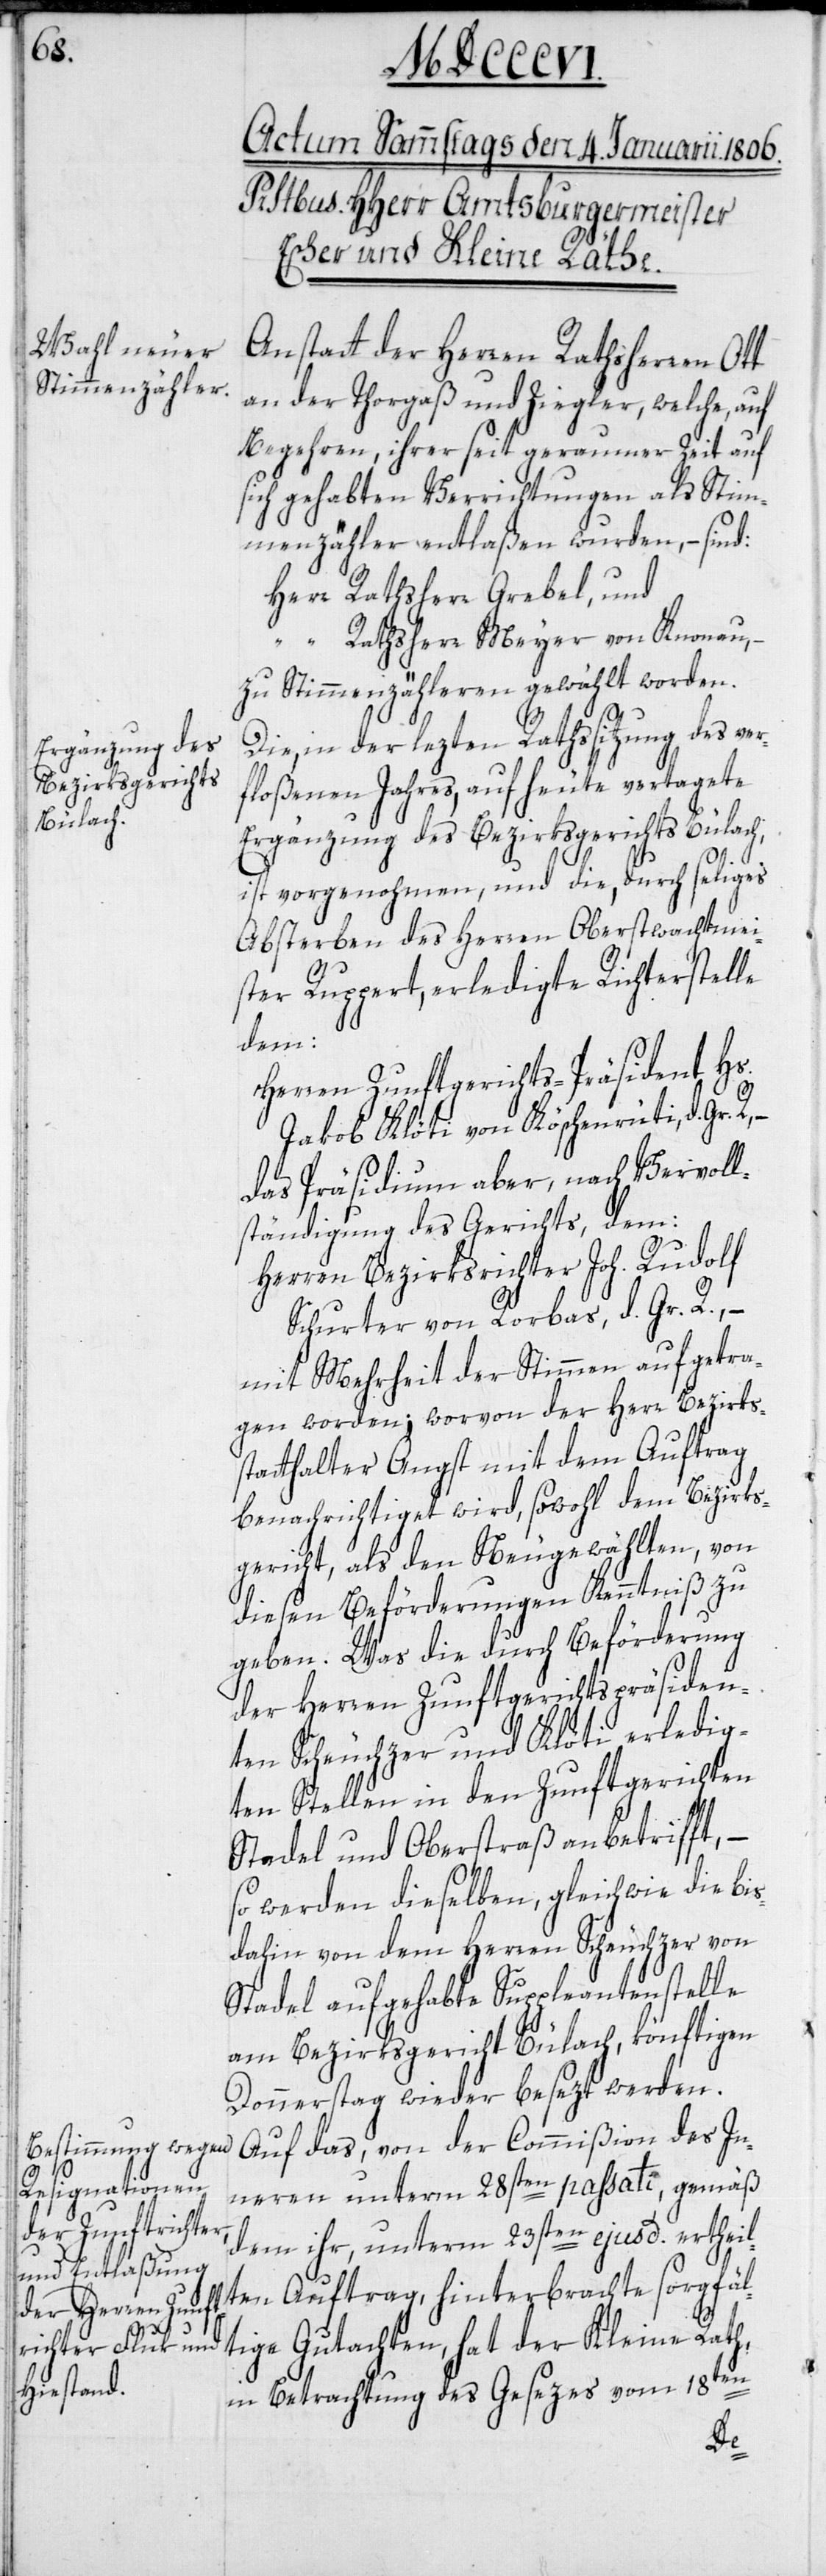
sorgfält¬
Anstatt der Herren Rathsherren Ott
an der Thorgaß und Ziegler, welche auf
Begehren, ihrer seit geraumer Zeit auf
sich gehabten Verrichtungen als Stim¬
menzähler entlaßen wurden, – sind:
Herr Rathsherr Grebel und
“ Rathsherr Meyer von Knonau,
zu Stimmenzählern gewählt worden.
Die, in der lezten Rathssitzung des ver¬
floßenen Jahres, auf heute vertagete
Ergänzung des Bezirksgerichts Bülach,
ist vorgenohmen, und die, durch seliges
Absterben des Herren Oberstwachtmei¬
sters Ruppert, erledigte Richterstelle
dem:
Herren Zunftgerichts-Präsident Hs.
Jakob Klöti von Köschenrüti, d. Gr. R,
das Präsidium aber, nach Vervoll¬
ständigung des Gerichts, dem:
Herrn Bezirksrichter Joh. Rudolf
Schurter von Rorbas, d. Gr. R., –
mit Mehrheit der Stimmen aufgetra¬
gen worden; worvon der Herr Bezirks¬
statthalter Angst mit dem Auftrag
benachrichtiget wird, sowohl dem Bezirks¬
gericht, als den Neugewählten, von
diesen Beförderungen Kenntniß zu
geben. Was die Beförderung
der Herren Zunftgerichtspräsiden¬
ten Scheuchzer und Klöti erledig¬
ten Stellen in den Zunftgerichten
Stadel und Oberstraß anbetrifft, –
so werden dieselben, gleichwie die bis
dahin von dem Herren Scheuchzer von
Stadel aufgehabte Suppleantenstelle
am Bezirksgericht Bülach, könftigen
Donnerstag wieder besezt werden.
Auf das, von der Commißion des In¬
neren unterm 28sten passati, gemäß
dem ihr, unterm 23sten ejusd. ertheil¬
ige Gutachten, hat der Kleine Rath,
in Betrachtung des Gesezes vom 18ten
ten